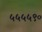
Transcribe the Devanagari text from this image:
५५५५९०